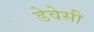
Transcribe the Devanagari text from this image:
डेवेसी